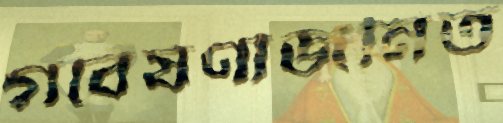
গবেষণাজনিত